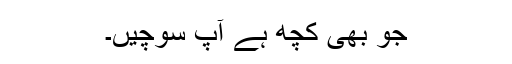
جو بھی کچھ ہے آپ سوچیں۔